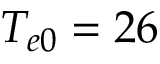
T _ { e 0 } = 2 6